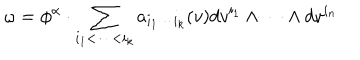
\omega = \phi ^ { \alpha } \cdot \sum _ { i _ { 1 } < \cdots < i _ { k } } a _ { i _ { 1 } \cdots i _ { k } } ( v ) d v ^ { i _ { 1 } } \wedge \cdots \wedge d v ^ { i _ { n } }